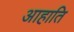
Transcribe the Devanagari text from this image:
आहाति